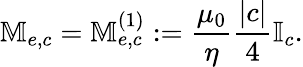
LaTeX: \mathbb{M}_{e,c}=\mathbb{M}_{e,c}^{(1)}:=\frac{\mu_{0}}{\eta}\frac{|c|}{4}\mathbb{I}_{c}.